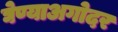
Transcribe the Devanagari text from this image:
घेण्याअगोदर